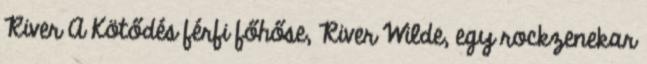
River A Kötődés férfi főhőse, River Wilde, egy rockzenekar